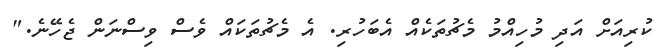
ކުރިއަށް އަދި މުހިއްމު މެޗުތަކެއް އެބަހުރި. އެ މެޗުތަކައް ވެސް ވިސްނަން ޖެހޭނެ."